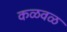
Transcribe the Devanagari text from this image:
कळवळ